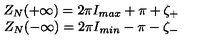
\begin{array} { c } { Z _ { N } ( + \infty ) = 2 \pi I _ { m a x } + \pi + \zeta _ { + } } \\ { Z _ { N } ( - \infty ) = 2 \pi I _ { m i n } - \pi - \zeta _ { - } } \\ \end{array}